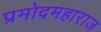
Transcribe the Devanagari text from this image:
प्रमोदमहाराज